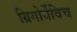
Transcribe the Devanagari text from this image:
ग्रिगोर्येविच